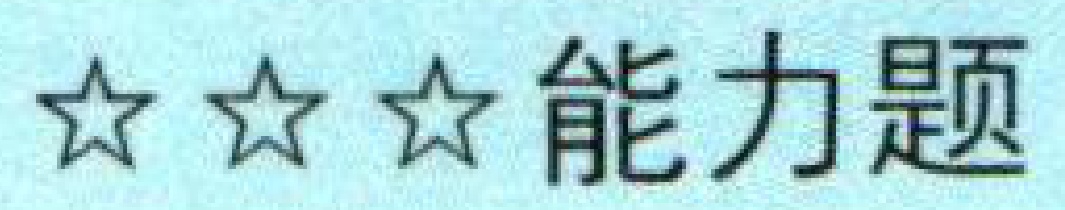
★★★能力题